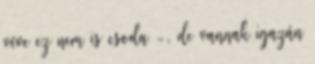
véve ez nem is csoda -, de vannak igazán